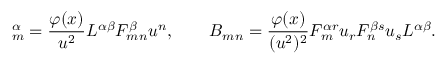
\d A _ { m } ^ { \alpha } = { \frac { \varphi ( x ) } { u ^ { 2 } } } { \cal L } ^ { \alpha \beta } { \cal F } _ { m n } ^ { \beta } u ^ { n } , \qquad \d B _ { m n } = { \frac { \varphi ( x ) } { ( u ^ { 2 } ) ^ { 2 } } } { \cal F } _ { m } ^ { \alpha r } u _ { r } { \cal F } _ { n } ^ { \beta s } u _ { s } { \cal L } ^ { \alpha \beta } .